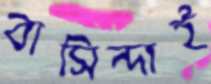
বাসিন্দাই